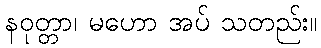
နဝုတ္တာ၊ မဟော အပ် သတည်း။